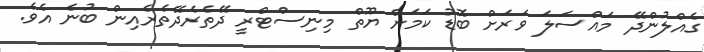
ގެއްލުންދޭ މައްސަލަ ވަރަށް ބޮޑު ކަމަށް ޔޫތް މިނިސްޓްރީ ދޭތެރެދޭތެރެއިން ބުނެ އެވެ.